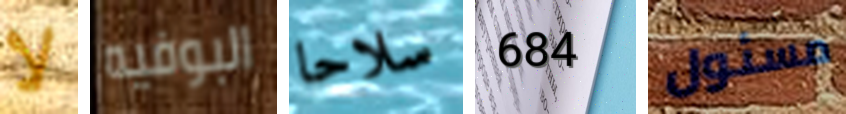
لا البوفيه سلاحا 684 مسئول